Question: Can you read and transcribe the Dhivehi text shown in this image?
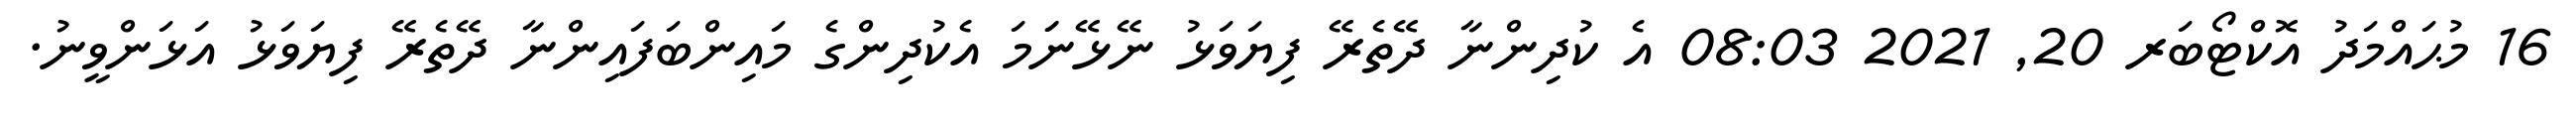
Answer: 16 މުޙައްމަދު އޮކްޓޯބަރ 20, 2021 08:03 އެ ކުދިންނާ ދޭތެރޭ ފިޔަވަޅު ނޭޅޭނަަމަ އެކުދިންގެ މައިންބަފައިންނާ ދޭތެރޭ ފިޔަވަޅު އަޅަންވީނު.